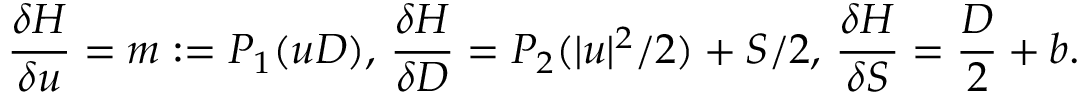
\frac { \delta H } { \delta u } = m : = P _ { 1 } ( u D ) , \, \frac { \delta H } { \delta D } = P _ { 2 } ( | u | ^ { 2 } / 2 ) + S / 2 , \, \frac { \delta H } { \delta S } = \frac { D } { 2 } + b .